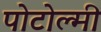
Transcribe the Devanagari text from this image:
पोटोल्मी